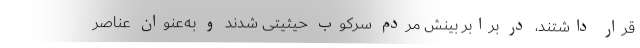
قرار داشتند، در برابر بینش مردم سرکوب حیثیتی شدند و به‌عنوان عناصر